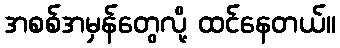
အစစ်အမှန်တွေလို့ ထင်နေတယ်။